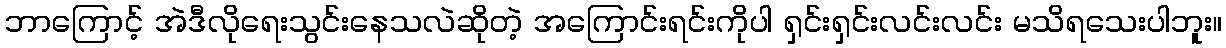
ဘာကြောင့် အဲဒီလိုရေးသွင်းနေသလဲဆိုတဲ့ အကြောင်းရင်းကိုပါ ရှင်းရှင်းလင်းလင်း မသိရသေးပါဘူး။